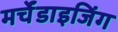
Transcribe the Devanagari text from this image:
मर्चेंडाइजिंग